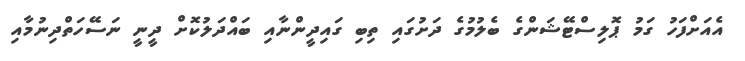
އެއަށްފަހު ގަމު ޕޮލިސްޓޭޝަންގެ ބެލުމުގެ ދަށުގައި ތިބި ގައިދީންނާއި ބައްދަލުކޮށް ދީނީ ނަސޭހަތްދިނުމާއި